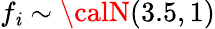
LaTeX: f_{\mathit{i}}\sim{\calN}(3.5,1)